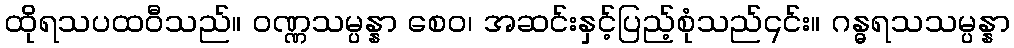
ထိုရသပထဝီသည်။ ဝဏ္ဏသမ္ပန္နာ စေဝ၊ အဆင်းနှင့်ပြည့်စုံသည်၎င်း။ ဂန္ဓရသသမ္ပန္နာ